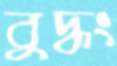
বুদ্ধং